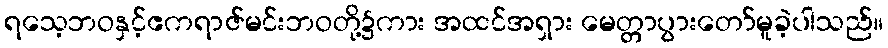
ရသေ့ဘဝနှင့်ဧကရာဇ်မင်းဘဝတို့၌ကား အထင်အရှား မေတ္တာပွားတော်မူခဲ့ပါသည်။